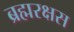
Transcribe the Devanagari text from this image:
ब्रह्मरक्षस